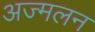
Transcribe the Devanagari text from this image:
अज्मलन